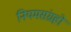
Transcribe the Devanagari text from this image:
नियमसंग्रहो